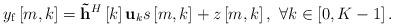
LaTeX: \begin{align*} {y_{\rm f}}\left[ {m,k} \right] = {{{\bf{\tilde h}}}^H}\left[ k \right]{{\bf{u}}_k}s\left[ {m,k} \right] + z\left[m,k\right], \ \forall k \in \left[0, {K}-1\right]. \end{align*}